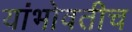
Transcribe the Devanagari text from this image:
यांभोवतीच